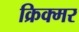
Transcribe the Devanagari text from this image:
क्रिक्मर